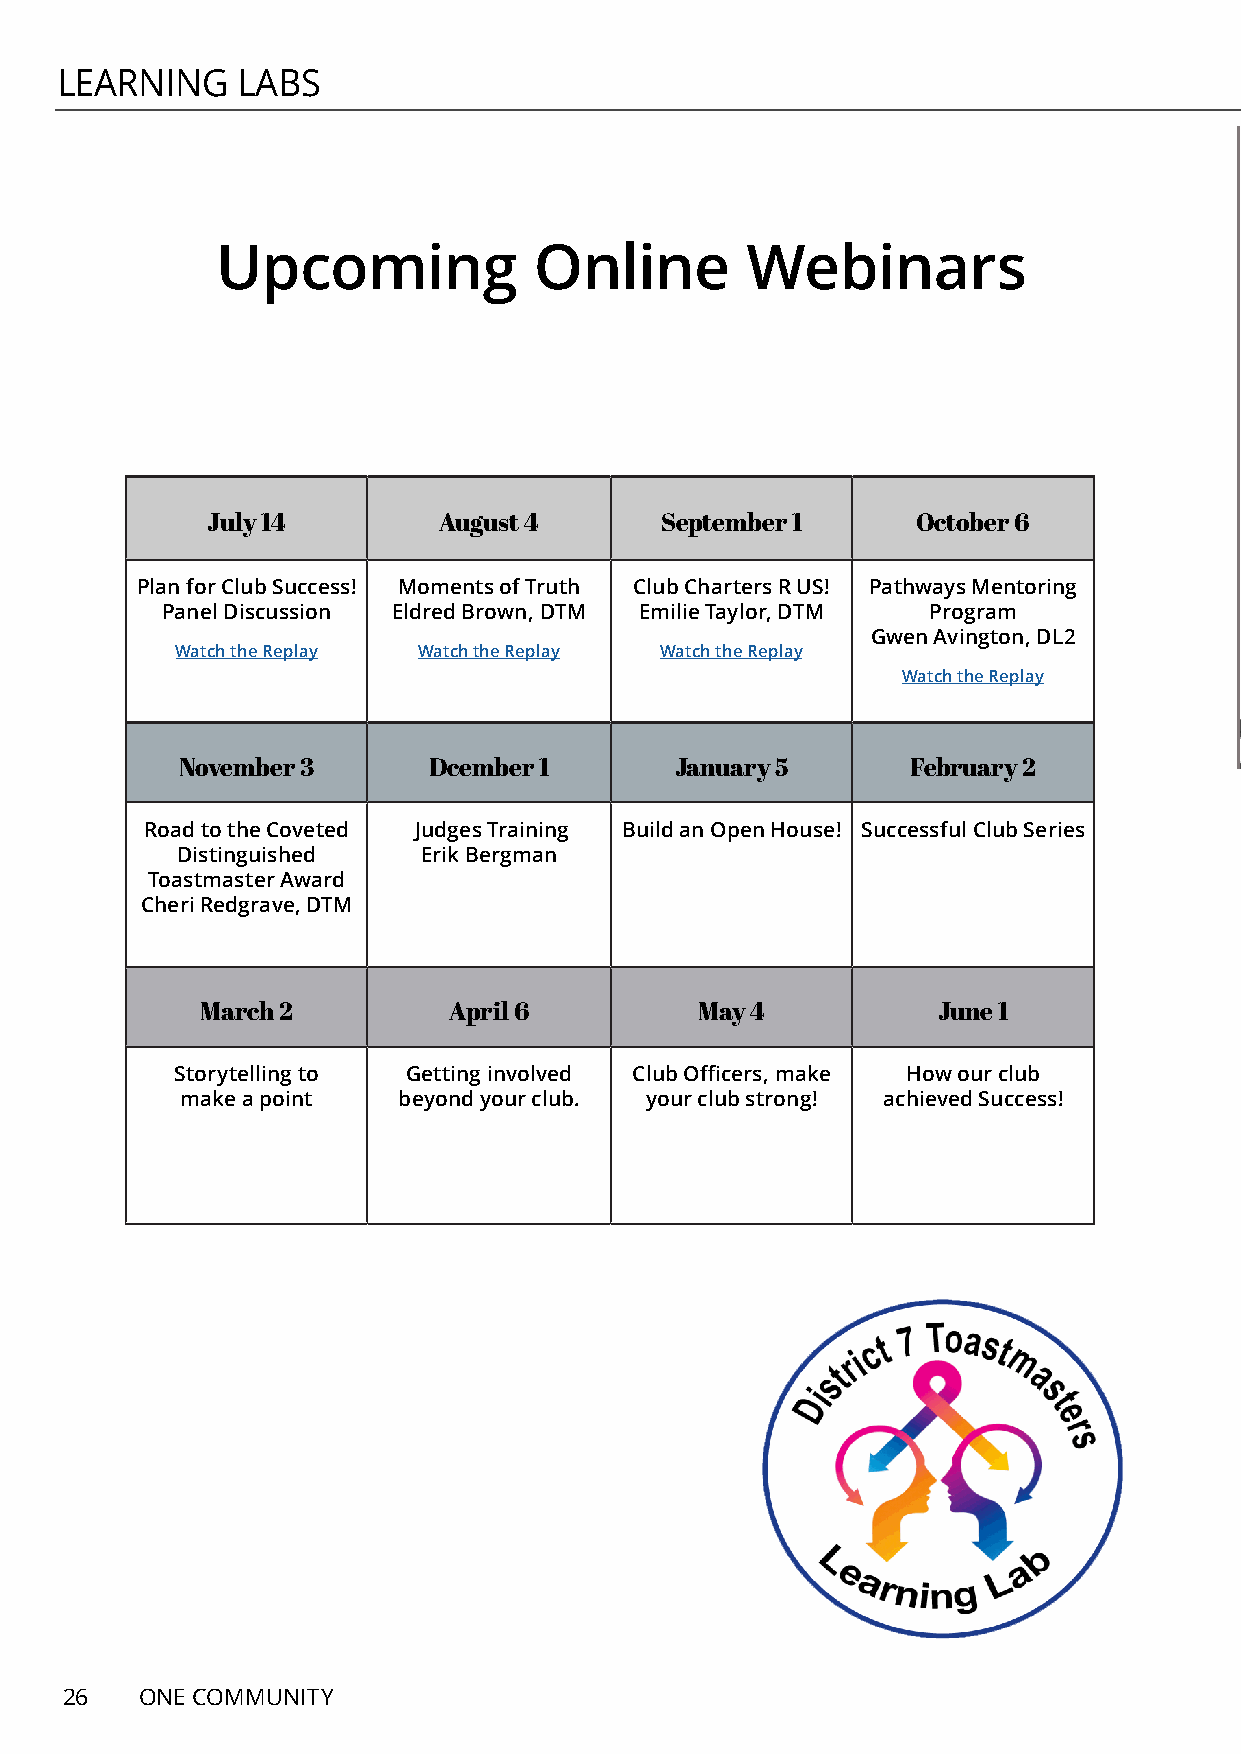
LEARNING    LABS
 Upcoming             Online        Webinars
 July 14        August 4       September 1      October 6
 Plan for Club Success! Moments of Truth Club Charters R US! Pathways Mentoring
 Panel Discussion Eldred Brown, DTM Emilie Taylor, DTM Program
 Gwen Avington, DL2
 Watch the Replay Watch the Replay Watch the Replay
 Watch the Replay
 November 3      Dcember 1        January 5      February 2
 Road to the Coveted Judges Training Build an Open House! Successful Club Series
 Distinguished   Erik Bergman
 Toastmaster Award
 Cheri Redgrave, DTM
 March 2          April 6         May 4           June 1
 Storytelling to Getting involved Club Officers, make How our club
 make a point  beyond your club. your club strong! achieved Success!
 26   ONE COMMUNITY